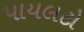
પાયલટો